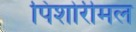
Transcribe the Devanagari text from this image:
पिशोरीमल